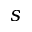
s